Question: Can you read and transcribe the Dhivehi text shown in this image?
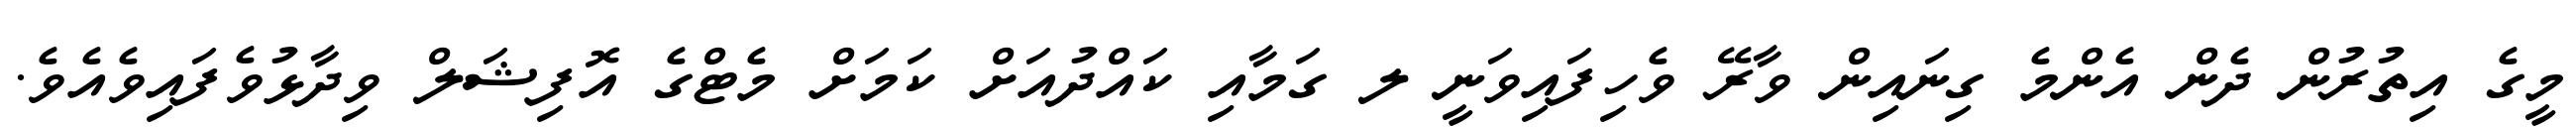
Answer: މީގެ އިތުރުން ދެން އެންމެ ގިނައިން ވާރޭ ވެހިފައިވަނީ ލ ގަމާއި ކައްދުއަށް ކަމަށް މެޓްގެ އޮފިޝަލް ވިދާޅުވެފައިވެއެވެ.